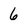
Character: 6